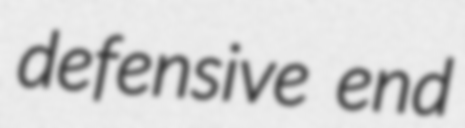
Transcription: defensive end